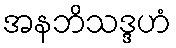
အနဘိသဒ္ဒဟံ